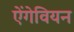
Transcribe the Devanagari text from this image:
ऐंगेवियन